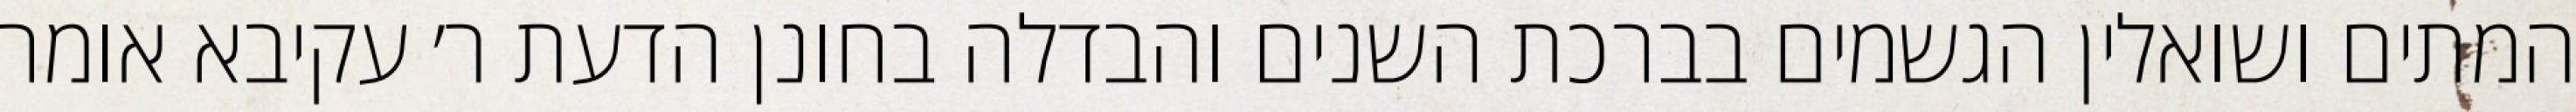
המתים ושואלין הגשמים בברכת השנים והבדלה בחונן הדעת ר׳ עקיבא אומר